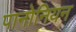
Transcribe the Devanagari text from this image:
पानोनियन